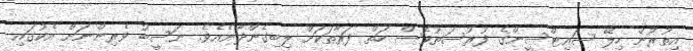
އިތުރުން ހިލޭ ސައިޓްސީންގެ ފުރުސަތުވެސް ހަތް ފަރާތަކަށް ލިބިގެންދާނެއެވެ. ނަސީބު ވެރިންނަށް އެކުގައި